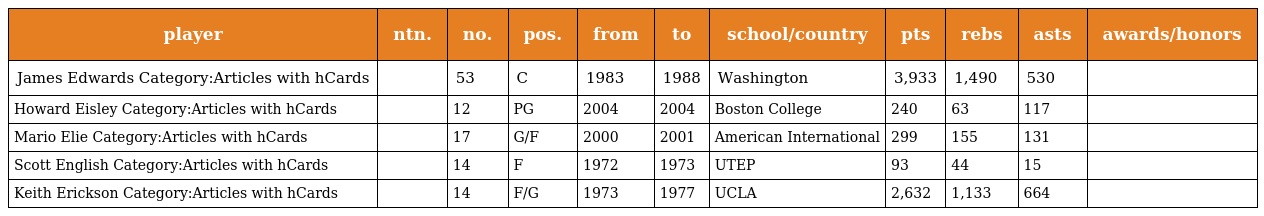
| player | ntn. | no. | pos. | from | to | school/country | pts | rebs | asts | awards/honors |
 | --- | --- | --- | --- | --- | --- | --- | --- | --- | --- | --- |
 | James Edwards Category:Articles with hCards |  | 53 | C | 1983 | 1988 | Washington | 3,933 | 1,490 | 530 |  |
 | Howard Eisley Category:Articles with hCards |  | 12 | PG | 2004 | 2004 | Boston College | 240 | 63 | 117 |  |
 | Mario Elie Category:Articles with hCards |  | 17 | G/F | 2000 | 2001 | American International | 299 | 155 | 131 |  |
 | Scott English Category:Articles with hCards |  | 14 | F | 1972 | 1973 | UTEP | 93 | 44 | 15 |  |
 | Keith Erickson Category:Articles with hCards |  | 14 | F/G | 1973 | 1977 | UCLA | 2,632 | 1,133 | 664 |  |